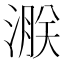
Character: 㴨